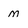
Character: m